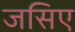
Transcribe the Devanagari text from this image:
जसिए